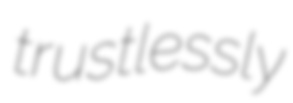
trustlessly